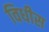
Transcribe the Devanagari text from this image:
विधीस